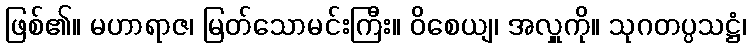
ဖြစ်၏။ မဟာရာဇ၊ မြတ်သောမင်းကြီး။ ဝိစေယျ၊ အလှူကို။ သုဂတပ္ပသဋ္ဌံ၊